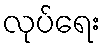
လုပ်ရေး